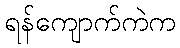
ရန်ကျောက်ကဲက